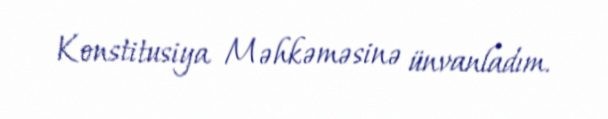
Konstitusiya Məhkəməsinə ünvanladım.